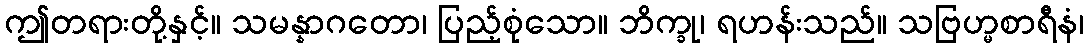
ဤတရားတို့နှင့်။ သမန္နာဂတော၊ ပြည့်စုံသော။ ဘိက္ခု၊ ရဟန်းသည်။ သဗြဟ္မစာရီနံ၊